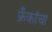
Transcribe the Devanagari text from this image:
फ्रँकांचा